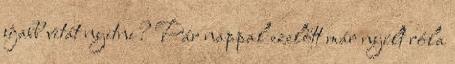
újabb vitát nyitni? Pár nappal ezelőtt már nyílt róla